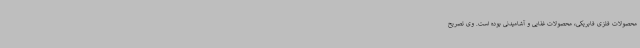
محصولات فلزی فابریکی، محصولات غذایی و آشامیدنی بوده است. وی تصریح